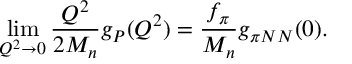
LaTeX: \operatorname * { l i m } _ { Q ^ { 2 } \rightarrow 0 } \frac { Q ^ { 2 } } { 2 M _ { n } } g _ { P } ( Q ^ { 2 } ) = \frac { f _ { \pi } } { M _ { n } } g _ { \pi N N } ( 0 ) .